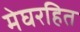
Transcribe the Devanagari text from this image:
मेघरहित